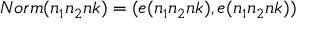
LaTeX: N o r m ( n _ { 1 } n _ { 2 } n k ) = ( e ( n _ { 1 } n _ { 2 } n k ) , e ( n _ { 1 } n _ { 2 } n k ) )